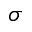
\sigma